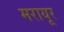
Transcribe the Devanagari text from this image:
मरायूर